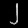
Digit: ၂